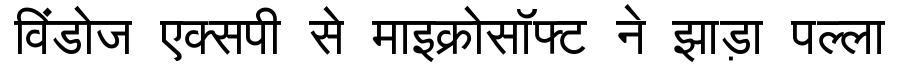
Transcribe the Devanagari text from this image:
विंडोज एक्सपी से माइक्रोसॉफ्ट ने झाड़ा पल्ला